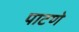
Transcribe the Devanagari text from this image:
पाटणे